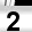
Digit: 2